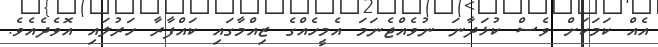
އެއް ކަމަކަށް ވެސް ކުޅަދާނަ ނުވެއްޖެނަމަ އެމީހެއްގެ ޒިއްމާގައި ކައްފާރާ ހަރުލައި އޮވެދެއެވެ.